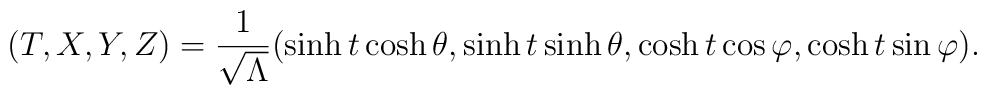
(T,X,Y,Z)=\frac{1}{\sqrt{\Lambda}}(\sinh t\cosh\theta,\sinh t\sinh\theta,                   \cosh t\cos\varphi,\cosh t\sin\varphi).